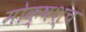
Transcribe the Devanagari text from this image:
मोक्षश्च